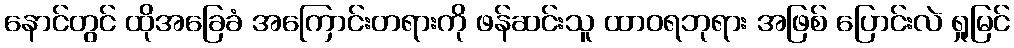
နောင်တွင် ထိုအခြေခံ အကြောင်းတရားကို ဖန်ဆင်းသူ ထာဝရဘုရား အဖြစ် ပြောင်းလဲ ရှုမြင်